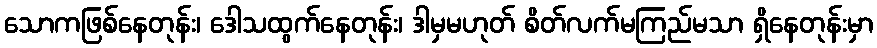
သောကဖြစ်နေတုန်း၊ ဒေါသထွက်နေတုန်း၊ ဒါမှမဟုတ် စိတ်လက်မကြည်မသာ ရှိနေတုန်းမှာ